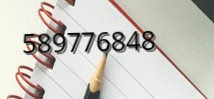
589776848